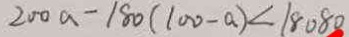
2 0 0 a - 1 8 0 ( 1 0 0 - a ) < 1 8 0 8 0